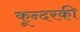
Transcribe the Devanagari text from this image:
कून्दरकी